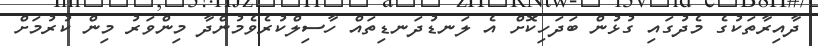
ދާއިރާތަކުގެ މެދުގައި ގުޅުން ބަދަހިކޮށް އެ ލަނޑުދަނޑިތައް ހާސިލްކުރެވެމުންދާ މިންވަރު މިން ކުރުމަށް